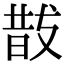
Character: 𭣚